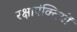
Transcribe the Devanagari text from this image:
रक्षापंक्तियों